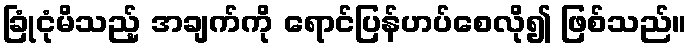
ခြုံငုံမိသည့် အချက်ကို ရောင်ပြန်ဟပ်စေလို၍ ဖြစ်သည်။